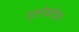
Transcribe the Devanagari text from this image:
ग्लोबोडेरा